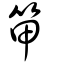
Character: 笚